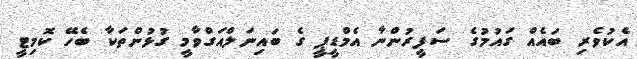
އެކުވެރި ބައެއް ގައުމުގެ ސަފީރުންނާ އެމްޑީޕީ ގެ ބައިނަލްއަގްވާމީ ގުޅުންތަކާ ބެހޭ ކޮމިޓީ